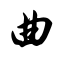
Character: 曲